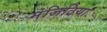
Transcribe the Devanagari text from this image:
मंजिठिया